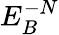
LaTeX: E_{B}^{-N}